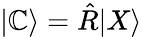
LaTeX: |\mathbb{C}\rangle=\hat{{R}}|X\rangle